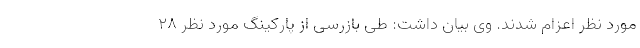
مورد نظر اعزام شدند. وی بیان داشت: طی بازرسی از پارکینگ مورد نظر ۲۸